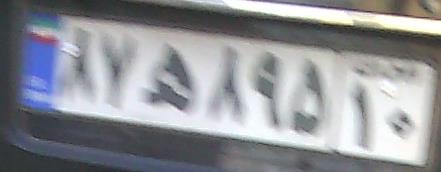
۸۷ه۸۹۵۱۰